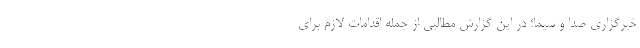
خبرگزاری صدا و سیما؛ در این گزارش مطالبی از جمله اقدامات لازم برای